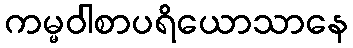
ကမ္မဝါစာပရိယောသာနေ